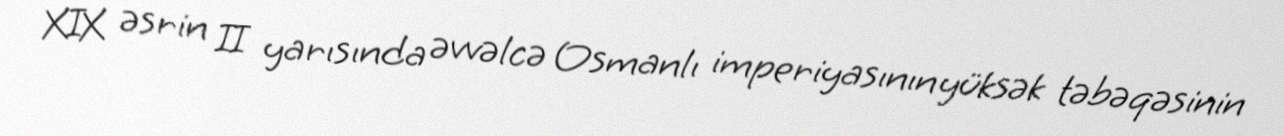
XIX əsrin II yarısında əvvəlcə Osmanlı imperiyasının yüksək təbəqəsinin